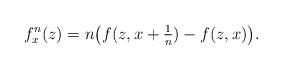
LaTeX: \begin{align*}f_x^n(z) = n\big(f(z,x+\tfrac{1}{n})-f(z,x)\big).\end{align*}